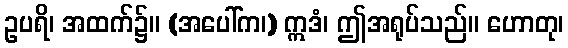
ဥပရိ၊ အထက်၌။ (အပေါ်က၊) ဣဒံ၊ ဤအရုပ်သည်။ ဟောတု၊